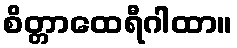
စိတ္တာထေရီဂါထာ။